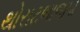
થોરાટભાજપા